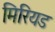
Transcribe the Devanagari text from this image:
मिरियड